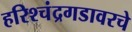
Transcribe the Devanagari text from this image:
हरिश्चंद्रगडावरचे